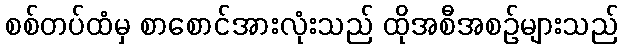
စစ်တပ်ထံမှ စာစောင်အားလုံးသည် ထိုအစီအစဉ်များသည်